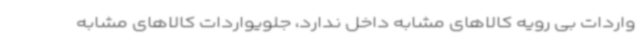
واردات بی رویه کالاهای مشابه داخل ندارد، جلویواردات کالاهای مشابه